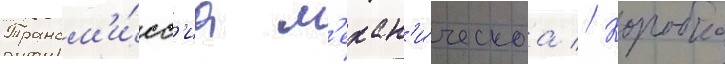
Трансм'и́сс'иа м'ехан'и́ческаа // Коробка